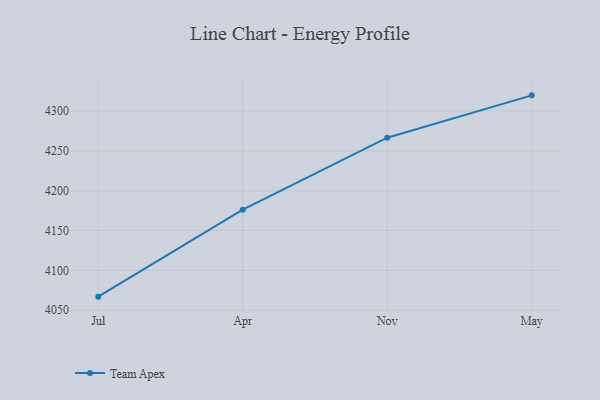
{"axis": {"x": "Month", "y": "Active Users"}, "legend": ["Team Apex"], "data": [{"x": "Jul", "y": 4067.1, "type": "Team Apex"}, {"x": "Apr", "y": 4176.2, "type": "Team Apex"}, {"x": "Nov", "y": 4266.5, "type": "Team Apex"}, {"x": "May", "y": 4319.6, "type": "Team Apex"}]}